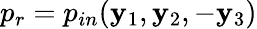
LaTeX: p_{r}=p_{in}(\mathbf{y}_{1},\mathbf{y}_{2},-\mathbf{y}_{3})